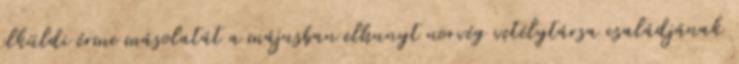
elküldi érme másolatát a májusban elhunyt norvég vetélytársa családjának